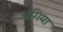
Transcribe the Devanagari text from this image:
अंगिया